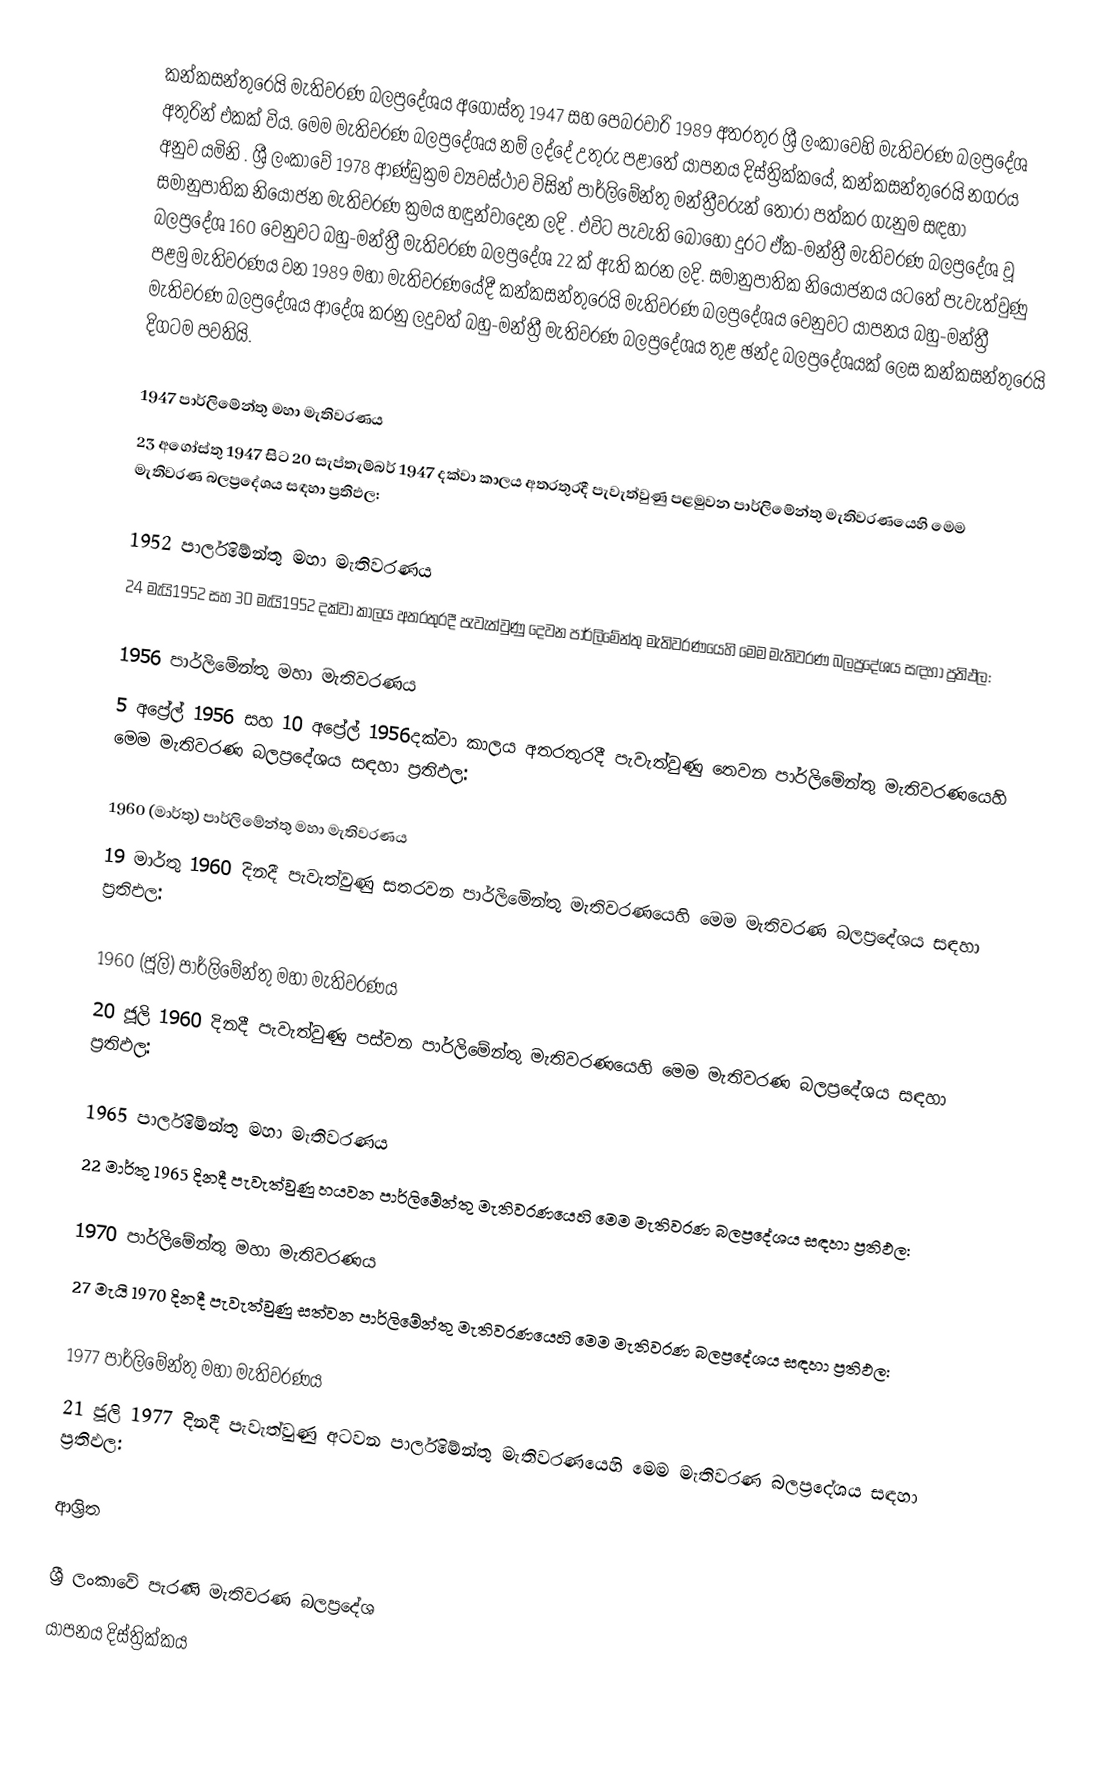
කන්කසන්තුරෙයි මැතිවරණ බලප්‍රදේශය  අගෝස්තු 1947 සහ පෙබරවාරි 1989 අතරතුර  ශ්‍රී ලංකාවෙහි  මැතිවරණ බලප්‍රදේශ අතුරින් එකක් විය. මෙම මැතිවරණ බලප්‍රදේශය නම් ලද්දේ උතුරු පළාතේ  යාපනය දිස්ත්‍රික්කයේ,  කන්කසන්තුරෙයි නගරය අනුව යමිනි . ශ්‍රී ලංකාවේ 1978 ආණ්ඩුක්‍රම ව්‍යවස්ථාව විසින්   පාර්ලිමේන්තු මන්ත්‍රීවරුන් තෝරා පත්කර ගැනුම සඳහා සමානුපාතික නියෝජන මැතිවරණ ක්‍රමය හඳුන්වාදෙන ලදි . එවිට පැවැති බොහෝ දුරට  ඒක-මන්ත්‍රී මැතිවරණ බලප්‍රදේශ වූ බලප්‍රදේශ 160 වෙනුවට බහු-මන්ත්‍රී මැතිවරණ බලප්‍රදේශ 22 ක් ඇති කරන ලදි. සමානුපාතික නියෝජනය යටතේ පැවැත්වුණු පළමු මැතිවරණය වන 1989 මහා මැතිවරණයේදී  කන්කසන්තුරෙයි මැතිවරණ බලප්‍රදේශය වෙනුවට  යාපනය බහු-මන්ත්‍රී මැතිවරණ බලප්‍රදේශය  ආදේශ කරනු ලදුවත් බහු-මන්ත්‍රී මැතිවරණ බලප්‍රදේශය තුළ ඡන්ද බලප්‍රදේශයක් ලෙස කන්කසන්තුරෙයි දිගටම පවතියි.

1947 පාර්ලිමේන්තු මහා මැතිවරණය
23 අගෝස්තු 1947 සිට 20 සැප්තැම්බර් 1947 දක්වා කාලය අතරතුරදී පැවැත්වුණු  පළමුවන පාර්ලිමේන්තු මැතිවරණයෙහි මෙම මැතිවරණ බලප්‍රදේශය සඳහා ප්‍රතිඵල:

1952 පාර්ලිමේන්තු මහා මැතිවරණය
24 මැයි1952 සහ 30 මැයි1952 දක්වා කාලය අතරතුරදී පැවැත්වුණු  දෙවන පාර්ලිමේන්තු මැතිවරණයෙහි මෙම මැතිවරණ බලප්‍රදේශය සඳහා ප්‍රතිඵල:

1956 පාර්ලිමේන්තු මහා මැතිවරණය
5 අප්‍රේල් 1956 සහ 10 අප්‍රේල් 1956දක්වා කාලය අතරතුරදී පැවැත්වුණු  තෙවන පාර්ලිමේන්තු මැතිවරණයෙහි මෙම මැතිවරණ බලප්‍රදේශය සඳහා ප්‍රතිඵල:

1960 (මාර්තු) පාර්ලිමේන්තු මහා මැතිවරණය
19 මාර්තු 1960 දිනදී පැවැත්වුණු  සතරවන පාර්ලිමේන්තු මැතිවරණයෙහි මෙම මැතිවරණ බලප්‍රදේශය සඳහා ප්‍රතිඵල:

1960 (ජූලි) පාර්ලිමේන්තු මහා මැතිවරණය
20 ජූලි 1960 දිනදී පැවැත්වුණු  පස්වන පාර්ලිමේන්තු මැතිවරණයෙහි මෙම මැතිවරණ බලප්‍රදේශය සඳහා ප්‍රතිඵල:

1965 පාර්ලිමේන්තු මහා මැතිවරණය
22 මාර්තු 1965  දිනදී පැවැත්වුණු  හයවන පාර්ලිමේන්තු මැතිවරණයෙහි මෙම මැතිවරණ බලප්‍රදේශය සඳහා ප්‍රතිඵල:

1970 පාර්ලිමේන්තු මහා මැතිවරණය
27 මැයි 1970 දිනදී පැවැත්වුණු  සත්වන පාර්ලිමේන්තු මැතිවරණයෙහි මෙම මැතිවරණ බලප්‍රදේශය සඳහා ප්‍රතිඵල:

1977 පාර්ලිමේන්තු මහා මැතිවරණය
21 ජූලි 1977 දිනදී පැවැත්වුණු  අටවන පාර්ලිමේන්තු මැතිවරණයෙහි මෙම මැතිවරණ බලප්‍රදේශය සඳහා ප්‍රතිඵල:

ආශ්‍රිත

ශ්‍රී ලංකාවේ පැරණි මැතිවරණ බලප්‍රදේශ
යාපනය දිස්ත්‍රික්කය